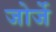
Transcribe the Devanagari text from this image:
जोर्जे